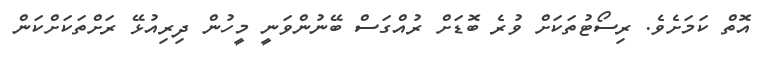
އޮތް ކަމަށެވެ. ރިސޯޓުތަކަށް ވުރެ ބޮޑަށް ރުއްގަސް ބޭނުންވަނީ މީހުން ދިރިއުޅޭ ރަށްތަކަށްކަން